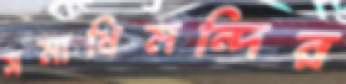
সমাধিমন্দির